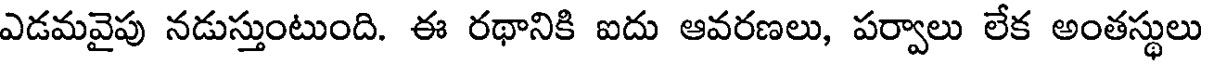
ఎడమవైపు నడుస్తుంటుంది. ఈ రథానికి ఐదు ఆవరణలు, పర్వాలు లేక అంతస్థులు